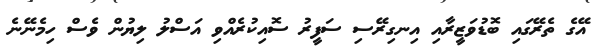
އޭގެ ތެރޭގައި ބޮޑުވަޒީރާއި އިނގިރޭސި ސަފީރު ސޮއިކުރެއްވި އަސްލު ލިޔުން ވެސް ހިމެނޭނެ